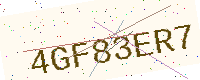
Text: 4GF83ER7